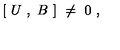
[ \ U \ , \ B \ ] \ \ne \ 0 \ ,